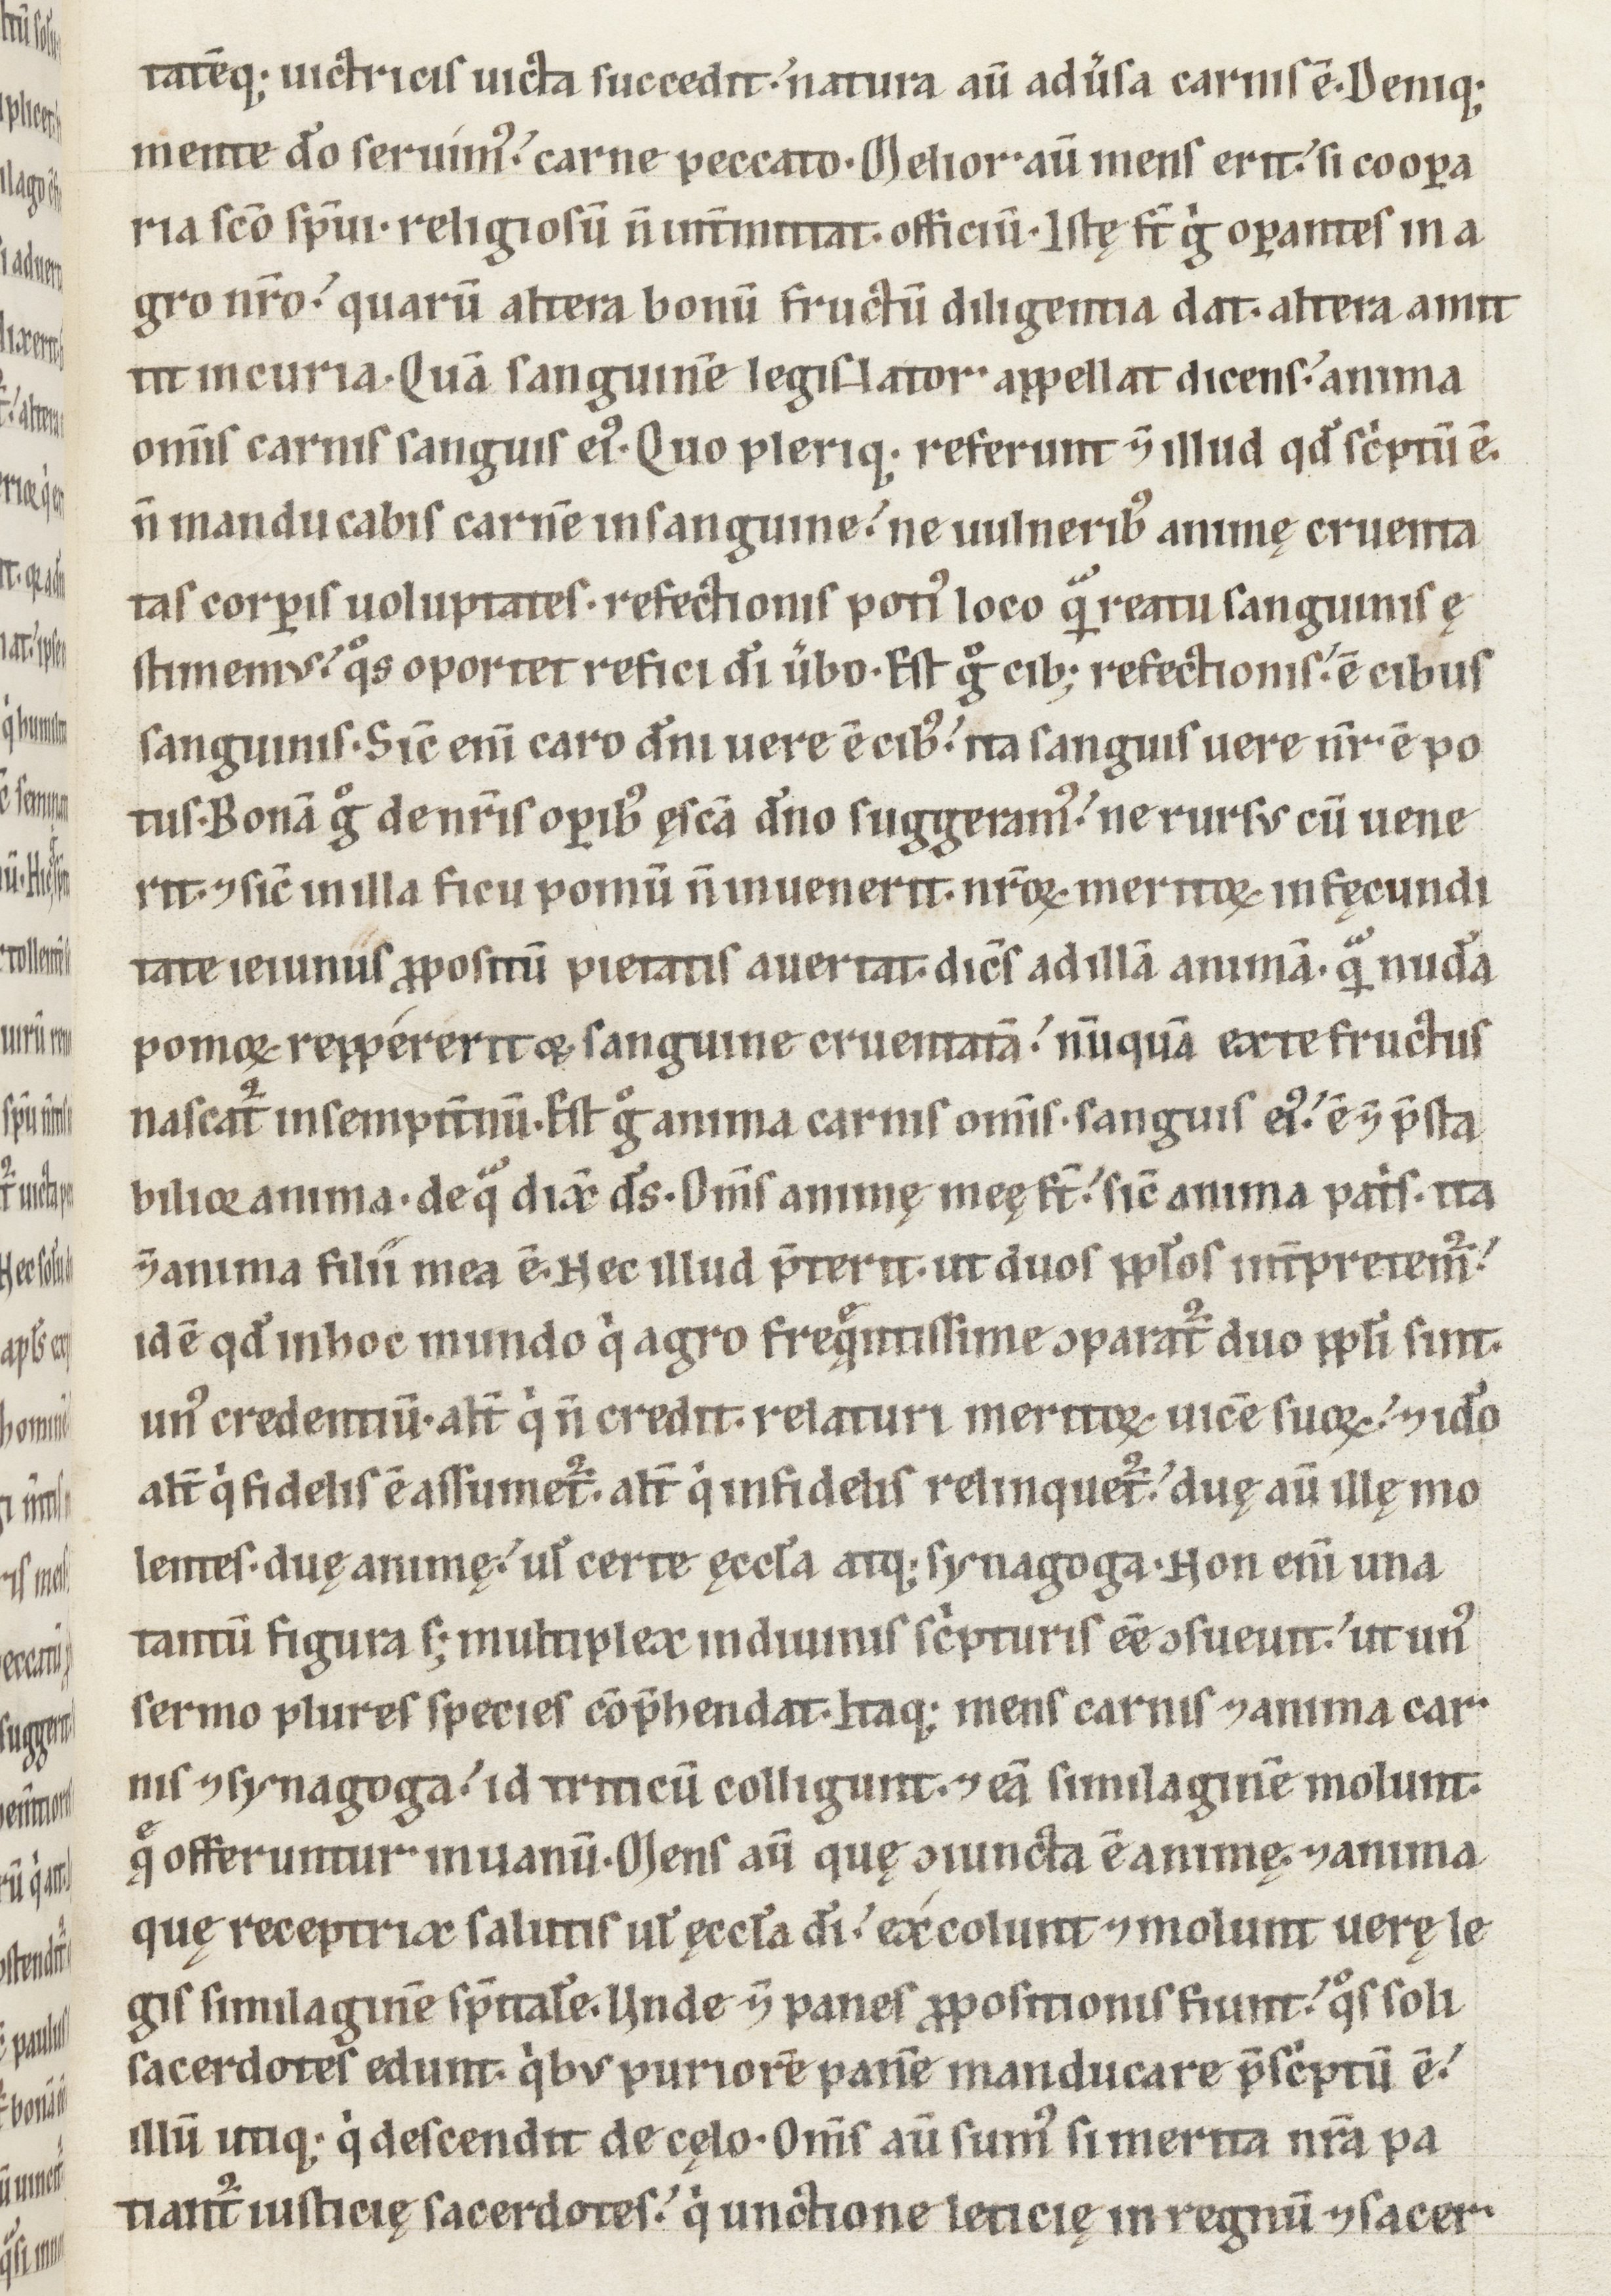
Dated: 1100–1199